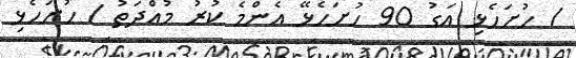
/ ހުށަހެޅި އަގު 90 ހުށަހެޅޭ އެންމެ ކުރު މުއްދަތު / ހުށަހެޅި